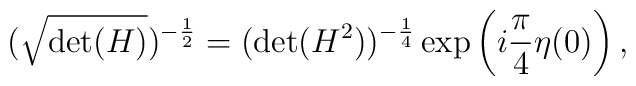
(\sqrt{{\rm det}(H)})^{-\frac{1}{2}} =  ({\rm det}(H^{2}))^{-\frac{1}{4} } \exp\left(i\frac{\pi}{4} \eta(0)\right) ,